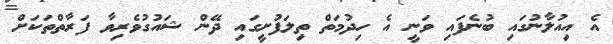
އެ އިއުލާނުގައި ބުނެފައި ވަނީ އެ ހިދުމަތް ތިލަފުށީގައި ދޭން ޝައުގުވެރިވާ ފަރާތްތަކަށް